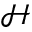
\mathcal { H }